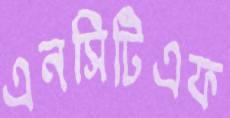
এনসিটিএফ